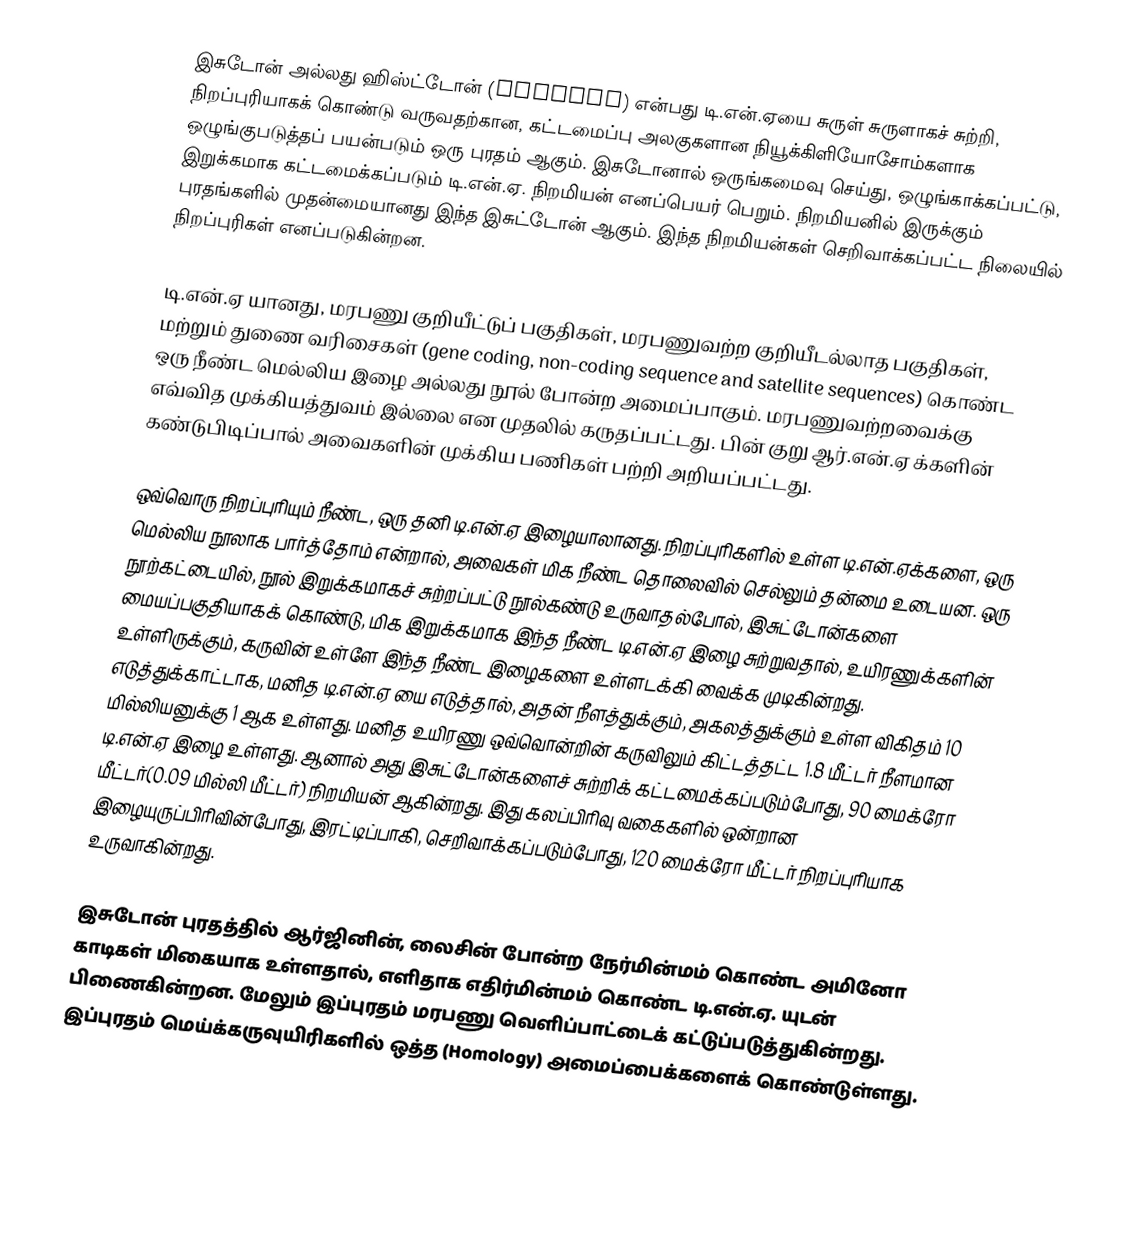
இசுடோன் அல்லது ஹிஸ்ட்டோன் (Histone) என்பது டி.என்.ஏயை சுருள் சுருளாகச் சுற்றி, நிறப்புரியாகக் கொண்டு வருவதற்கான, கட்டமைப்பு அலகுகளான நியூக்கிளியோசோம்களாக ஒழுங்குபடுத்தப் பயன்படும் ஒரு புரதம் ஆகும். இசுடோனால் ஒருங்கமைவு செய்து, ஒழுங்காக்கப்பட்டு, இறுக்கமாக கட்டமைக்கப்படும் டி.என்.ஏ. நிறமியன் எனப்பெயர் பெறும். நிறமியனில் இருக்கும் புரதங்களில் முதன்மையானது இந்த இசுட்டோன் ஆகும். இந்த நிறமியன்கள் செறிவாக்கப்பட்ட நிலையில் நிறப்புரிகள் எனப்படுகின்றன.

டி.என்.ஏ யானது, மரபணு குறியீட்டுப் பகுதிகள், மரபணுவற்ற குறியீடல்லாத பகுதிகள், மற்றும் துணை வரிசைகள் (gene coding, non-coding sequence and satellite sequences) கொண்ட ஒரு நீண்ட மெல்லிய இழை அல்லது நூல் போன்ற அமைப்பாகும். மரபணுவற்றவைக்கு எவ்வித முக்கியத்துவம் இல்லை என முதலில் கருதப்பட்டது. பின் குறு ஆர்.என்.ஏ க்களின் கண்டுபிடிப்பால் அவைகளின் முக்கிய பணிகள் பற்றி அறியப்பட்டது.

ஒவ்வொரு நிறப்புரியும் நீண்ட, ஒரு தனி டி.என்.ஏ இழையாலானது. நிறப்புரிகளில் உள்ள டி.என்.ஏக்களை, ஒரு மெல்லிய நூலாக பார்த்தோம் என்றால், அவைகள் மிக  நீண்ட தொலைவில் செல்லும் தன்மை உடையன. ஒரு நூற்கட்டையில், நூல் இறுக்கமாகச் சுற்றப்பட்டு நூல்கண்டு உருவாதல்போல், இசுட்டோன்களை மையப்பகுதியாகக் கொண்டு, மிக இறுக்கமாக இந்த நீண்ட டி.என்.ஏ இழை சுற்றுவதால், உயிரணுக்களின் உள்ளிருக்கும், கருவின் உள்ளே இந்த நீண்ட இழைகளை உள்ளடக்கி வைக்க முடிகின்றது. எடுத்துக்காட்டாக, மனித டி.என்.ஏ யை எடுத்தால், அதன் நீளத்துக்கும், அகலத்துக்கும் உள்ள விகிதம் 10 மில்லியனுக்கு 1 ஆக உள்ளது. மனித உயிரணு ஒவ்வொன்றின் கருவிலும் கிட்டத்தட்ட 1.8 மீட்டர் நீளமான டி.என்.ஏ இழை உள்ளது. ஆனால் அது இசுட்டோன்களைச் சுற்றிக் கட்டமைக்கப்படும்போது, 90 மைக்ரோ மீட்டர்(0.09 மில்லி மீட்டர்) நிறமியன் ஆகின்றது. இது கலப்பிரிவு வகைகளில் ஒன்றான இழையுருப்பிரிவின்போது, இரட்டிப்பாகி, செறிவாக்கப்படும்போது, 120 மைக்ரோ மீட்டர் நிறப்புரியாக உருவாகின்றது.

இசுடோன் புரதத்தில் ஆர்ஜினின், லைசின் போன்ற நேர்மின்மம் கொண்ட அமினோ காடிகள் மிகையாக உள்ளதால், எளிதாக எதிர்மின்மம் கொண்ட டி.என்.ஏ. யுடன் பிணைகின்றன. மேலும் இப்புரதம் மரபணு வெளிப்பாட்டைக் கட்டுப்படுத்துகின்றது. இப்புரதம் மெய்க்கருவுயிரிகளில் ஒத்த (Homology) அமைப்பைக்களைக் கொண்டுள்ளது.